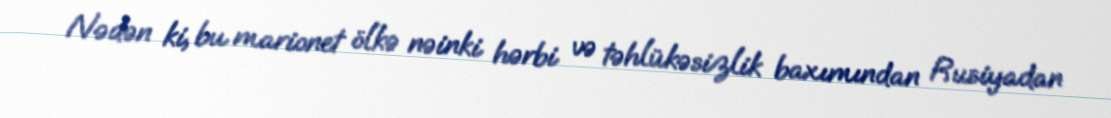
Nədən ki, bu marionet ölkə nəinki hərbi və təhlükəsizlik baxımından Rusiyadan